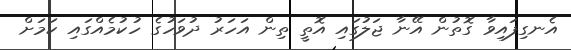
އެނގިފައިވާ ގޮތުން އޭނާ ޖަލުގައި އޮތީ ތިން އަހަރު ދުވަހުގެ ހުކުމެއްގައި ކަމަށް